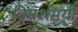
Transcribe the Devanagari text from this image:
विमर्शमयी